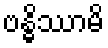
ဗန္ဓိဿာမိ